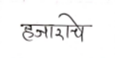
मजकूर: हजाराचे